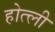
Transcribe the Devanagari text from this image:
होत्ली